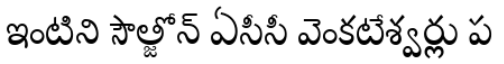
ఇంటిని సౌత్జోన్ ఏసీసీ వెంకటేశ్వర్లు ప